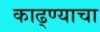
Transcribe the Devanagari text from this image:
काढ्ण्याचा